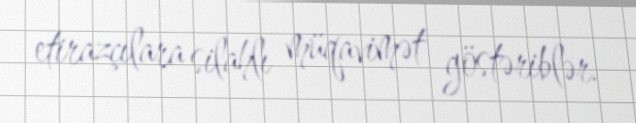
etirazçılara silahlı müqavimət göstəriblər.